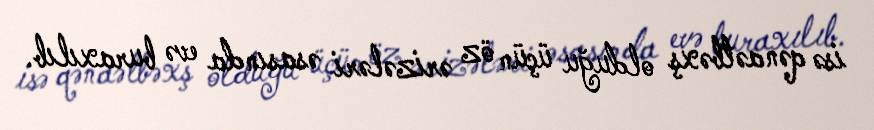
isə qənaətbəxş olduğu üçün öz ərizələri əsasında evə buraxılıb.